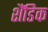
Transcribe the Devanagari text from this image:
शैंडिक